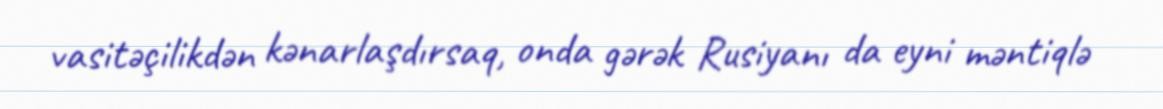
vasitəçilikdən kənarlaşdırsaq, onda gərək Rusiyanı da eyni məntiqlə